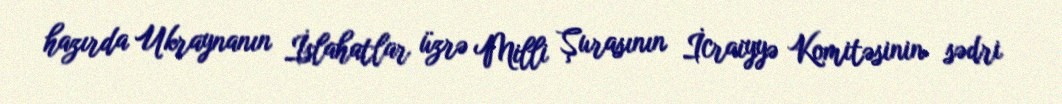
hazırda Ukraynanın İslahatlar üzrə Milli Şurasının İcraiyyə Komitəsinin sədri